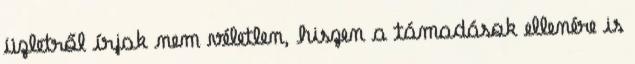
üzletről írjak nem véletlen, hiszen a támadások ellenére is